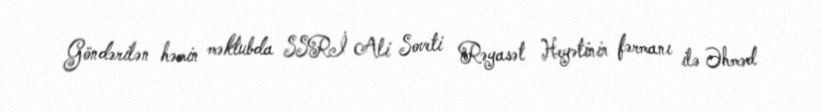
Göndərilən həmin məktubda SSRİ Ali Soveti Rəyasət Heyətinin fərmanı ilə Əhməd